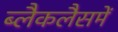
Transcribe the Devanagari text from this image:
ब्लैकलैसमें